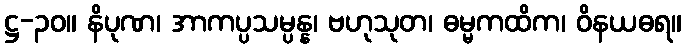
ဋ္ဌ-၃၀။ နိပုဏ၊ အာကပ္ပသမ္ပန္န၊ ဗဟုသုတ၊ ဓမ္မကထိက၊ ဝိနယဓရ။